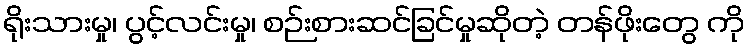
ရိုးသားမှု၊ ပွင့်လင်းမှု၊ စဉ်းစားဆင်ခြင်မှုဆိုတဲ့ တန်ဖိုးတွေ ကို